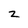
Character: z